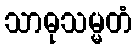
သာဓုသမ္မတံ